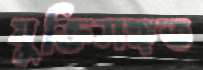
যুক্তিসঙ্গত